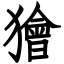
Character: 獪